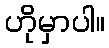
ဟိုမှာပါ။